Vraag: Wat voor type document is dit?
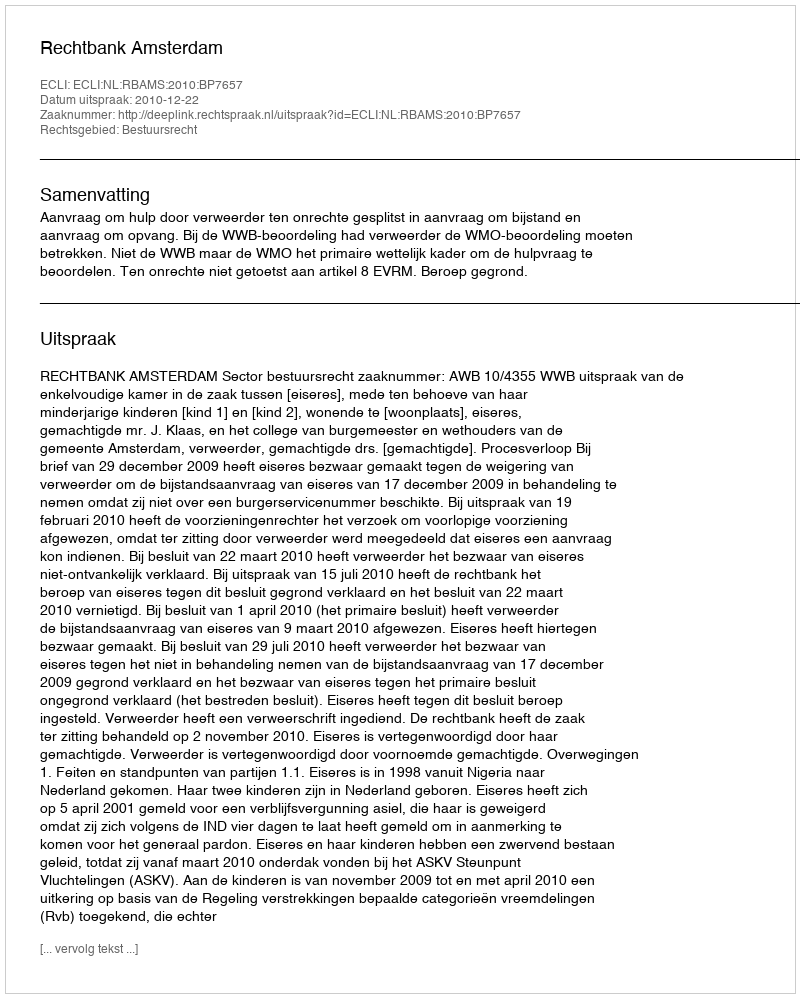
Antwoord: Uitspraak